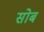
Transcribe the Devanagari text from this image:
सोब